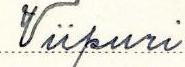
Viipuri